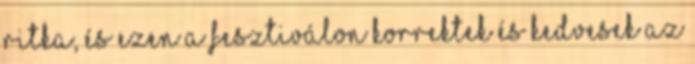
ritka, és ezen a fesztiválon korrektek és kedvesek az